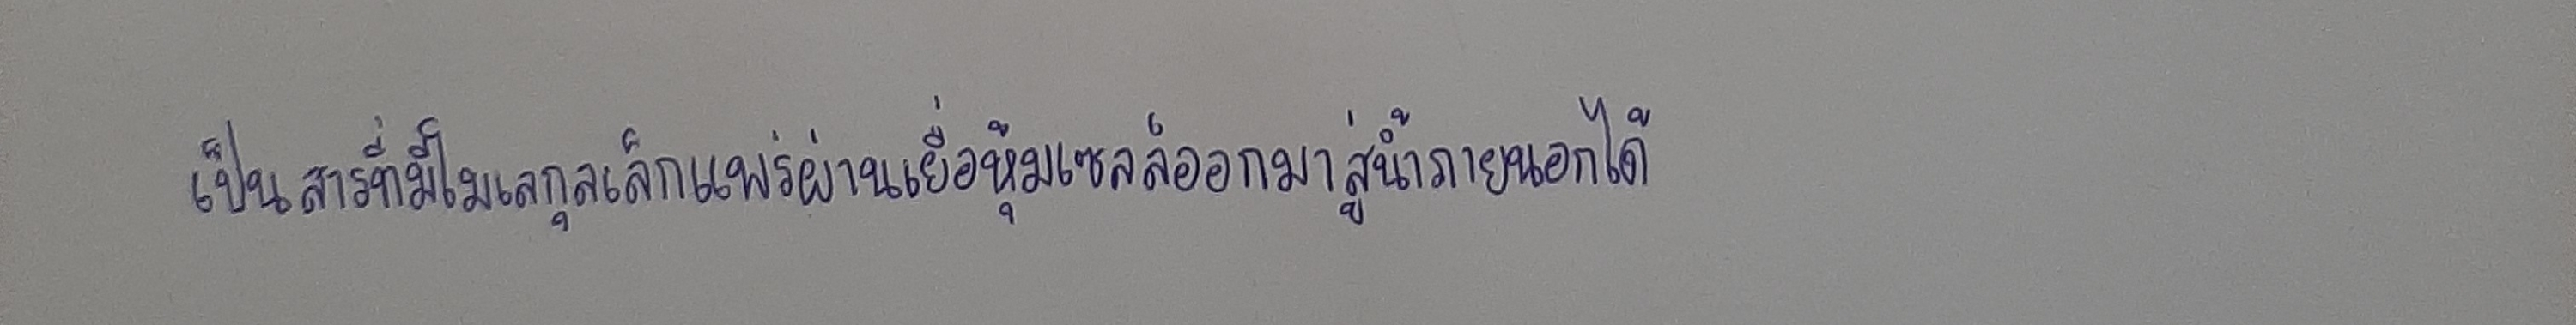
เป็นสารที่มีโมเลกุลเล็กแพร่ผ่านเยื่อหุ้มเซลล์ออกมาสู่น้ำภายนอกได้